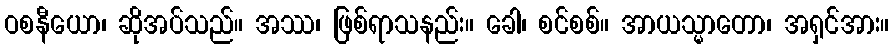
ဝစနီယော၊ ဆိုအပ်သည်။ အဿ၊ ဖြစ်ရာသနည်း။ ခေါ၊ စင်စစ်။ အာယသ္မာတော၊ အရှင်အား။